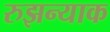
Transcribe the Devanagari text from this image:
रुझन्याक